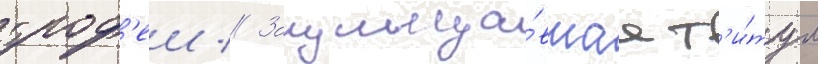
троф'еи // Защища́вшаа т'и́тул